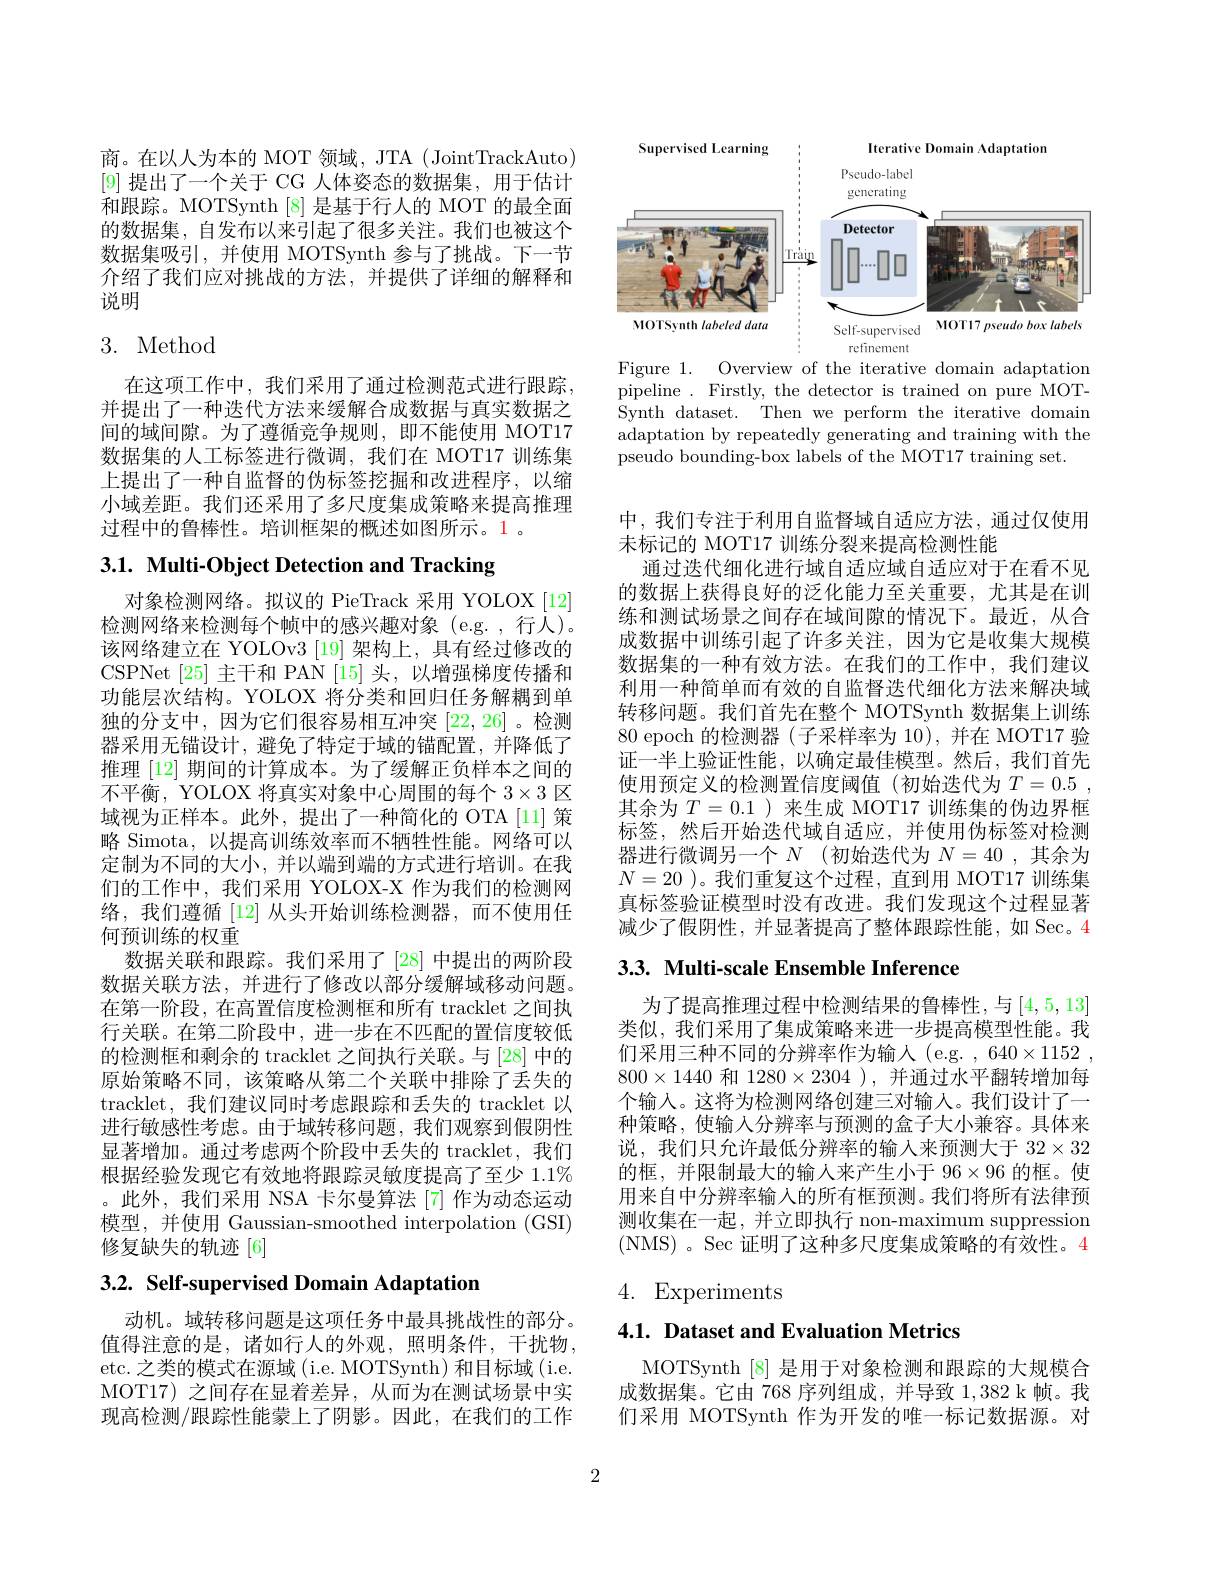
商。在以人为本的 MOT 领域，JTA (JointTrackAuto) [9]提出了一个关于 CG 人体姿态的数据集，用于估计和跟踪。MOTSynth[8]是基于行人的 MOT 的最全面的数据集，自发布以来引起了很多关注。我们也被这个数据集吸引，并使用 MOTSynth 参与了挑战。下一节介绍了我们应对挑战的方法，并提供了详细的解释和说明

# 3. Method

在这项工作中，我们采用了通过检测范式进行跟踪， 并提出了一种迭代方法来缓解合成数据与真实数据之间的域间隙。为了遵循竞争规则，即不能使用 MOT17数据集的人工标签进行微调，我们在 MOT17 训练集上提出了一种自监督的伪标签挖掘和改进程序，以缩小域差距。我们还采用了多尺度集成策略来提高推理过程中的鲁棒性。培训框架的概述如图所示。1。

3.1. Multi-Object Detection and Tracking

对象检测网络。拟议的 PieTrack 采用 YOLOX [12] 检测网络来检测每个帧中的感兴趣对象(e.g.,行人)。该网络建立在 YOLOv3 [19] 架构上，具有经过修改的CSPNet [25]主干和 PAN [15]头，以增强梯度传播和功能层次结构。YOLOX 将分类和回归任务解耦到单独的分支中，因为它们很容易相互冲突[22,26] 。检测器采用无锚设计，避免了特定于域的锚配置，并降低了推理 [12] 期间的计算成本。为了缓解正负样本之间的不平衡，YOLOX 将真实对象中心周围的每个$3\times3$区域视为正样本。此外，提出了一种简化的 OTA[11] 策略 Simota, 以提高训练效率而不牺牲性能。网络可以定制为不同的大小，并以端到端的方式进行培训。在我们的工作中，我们采用 YOLOX-X 作为我们的检测网络，我们遵循[12]从头开始训练检测器，而不使用任何预训练的权重
数据关联和跟踪。我们采用了 [28] 中提出的两阶段数据关联方法，并进行了修改以部分缓解域移动问题。在第一阶段，在高置信度检测框和所有 tracklet 之间执行关联。在第二阶段中，进一步在不匹配的置信度较低的检测框和剩余的 tracklet 之间执行关联。与 [28] 中的原始策略不同，该策略从第二个关联中排除了丢失的tracklet, 我们建议同时考虑跟踪和丢失的 tracklet 以进行敏感性考虑。由于域转移问题，我们观察到假阴性显著增加。通过考虑两个阶段中丢失的 tracklet,我们根据经验发现它有效地将跟踪灵敏度提高了至少 1.1% 。此外，我们采用 NSA 卡尔曼算法 [7] 作为动态运动模型，并使用 Gaussian-smoothed interpolation (GSI) 修复缺失的轨迹[6]

3.2. Self-supervised Domain Adaptation

动机。域转移问题是这项任务中最具挑战性的部分。值得注意的是，诸如行人的外观，照明条件，干扰物， etc. 之类的模式在源域 (i.e. MOTSynth) 和目标域 (i.e. MOT17) 之间存在显着差异，从而为在测试场景中实现高检测/跟踪性能蒙上了阴影。因此，在我们的工作

<FigureHere>
Figure 1. Overview of the iterative domain adaptation

pipeline . Firstly, the detector is trained on pure MOTSynth dataset. Then we perform the iterative domain adaptation by repeatedly generating and training with the pseudo bounding-box labels of the MOT17 training set.

中，我们专注于利用自监督域自适应方法，通过仅使用
未标记的 MOT17 训练分裂来提高检测性能
通过迭代细化进行域自适应域自适应对于在看不见的数据上获得良好的泛化能力至关重要，尤其是在训练和测试场景之间存在域间隙的情况下。最近，从合成数据中训练引起了许多关注，因为它是收集大规模数据集的一种有效方法。在我们的工作中，我们建议利用一种简单而有效的自监督迭代细化方法来解决域转移问题。我们首先在整个 MOTSynth 数据集上训练80 epoch 的检测器(子采样率为 10),并在 MOT17 验证一半上验证性能，以确定最佳模型。然后，我们首先使用预定义的检测置信度阈值(初始迭代为$T= 0. 5$ , 其余为$T=0.1$ )来生成 MOT17 训练集的伪边界框标签，然后开始迭代域自适应，并使用伪标签对检测器进行微调另一个$N$ (初始迭代为$N=40$ ,其余为$N=20$ )。我们重复这个过程，直到用 MOT17 训练集真标签验证模型时没有改进。我们发现这个过程显著减少了假阴性，并显著提高了整体跟踪性能，如 Sec。4

# 3.3. Multi-scale Ensemble Inference

为了提高推理过程中检测结果的鲁棒性，与[4,5,13] 类似，我们采用了集成策略来进一步提高模型性能。我们采用三种不同的分辨率作为输人(e.g. , 640×1152 , $800\times1440$和$1280\times2304$ ),并通过水平翻转增加每个输入。这将为检测网络创建三对输人。我们设计了一种策略，使输入分辨率与预测的盒子大小兼容。具体来说，我们只允许最低分辨率的输入来预测大于$32\times32$ 的框，并限制最大的输入来产生小于 96$\times96$的框。使用来自中分辨率输入的所有框预测。我们将所有法律预测收集在一起，并立即执行 non-maximum suppression ( NMS) . Sec 证明了这种多尺度集成策略的有效性。4

# 4. Experiments

# 4.1. Dataset and Evaluation Metrics

MOTSynth [8] 是用于对象检测和跟踪的大规模合成数据集。它由 768 序列组成，并导致1，382 k 帧。我们采用 MOTSynth 作为开发的唯一标记数据源。对

2